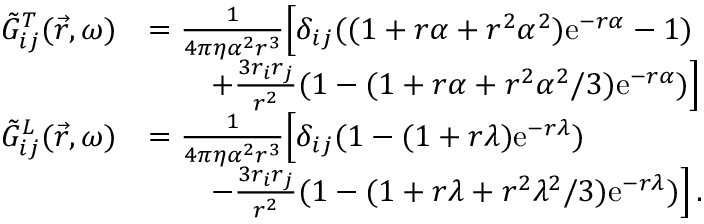
\begin{array} { r l } { \Tilde { G } _ { i j } ^ { T } ( \vec { r } , \omega ) } & { = \frac { 1 } { 4 \pi \eta \alpha ^ { 2 } r ^ { 3 } } \Big [ \delta _ { i j } ( ( 1 + r \alpha + r ^ { 2 } \alpha ^ { 2 } ) \mathrm { e } ^ { - r \alpha } - 1 ) } \\ & { \qquad + \frac { 3 r _ { i } r _ { j } } { r ^ { 2 } } ( 1 - ( 1 + r \alpha + r ^ { 2 } \alpha ^ { 2 } / 3 ) \mathrm { e } ^ { - r \alpha } ) \Big ] } \\ { \Tilde { G } _ { i j } ^ { L } ( \vec { r } , \omega ) } & { = \frac { 1 } { 4 \pi \eta \alpha ^ { 2 } r ^ { 3 } } \Big [ \delta _ { i j } ( 1 - ( 1 + r \lambda ) \mathrm { e } ^ { - r \lambda } ) } \\ & { \qquad - \frac { 3 r _ { i } r _ { j } } { r ^ { 2 } } ( 1 - ( 1 + r \lambda + r ^ { 2 } \lambda ^ { 2 } / 3 ) \mathrm { e } ^ { - r \lambda } ) \Big ] \, . } \end{array}